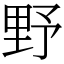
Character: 野